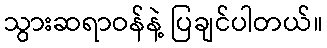
သွားဆရာဝန်နဲ့ ပြချင်ပါတယ်။